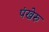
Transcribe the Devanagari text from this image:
पंखेरु